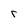
Character: r